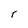
Character: r